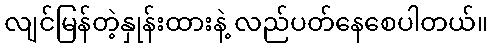
လျင်မြန်တဲ့နှုန်းထားနဲ့ လည်ပတ်နေစေပါတယ်။